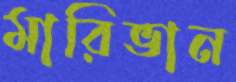
মারিভান